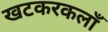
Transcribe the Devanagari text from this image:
खटकरकलाँ